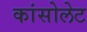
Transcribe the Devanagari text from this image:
कांसोलेट